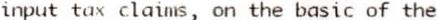
INPUT TAX CLAIMS, ON THE BASIC OF THE